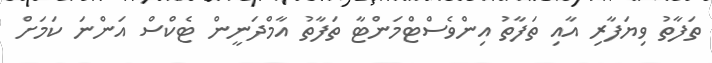
ތަފާތު ވިޔަފާރި އާއި ތަފާތު އިންވެސްޓްމަންޓާ ތަފާތު އާމްދަނީން ޓެކްސް އަންނަ ކަމަށް